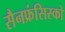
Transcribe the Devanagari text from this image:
सैनफ्रंसिस्को